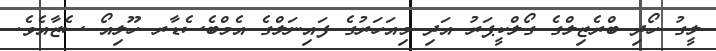
ލީގު ހޯދި ބްރެޒިލްގެ ގޯލްކީޕަރު އަދި މިއަހަރުގެ ފައިނަލްގެ އެމްބެސެޑާރ ހޫލިއޯ ސެޒާއެވެ.